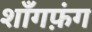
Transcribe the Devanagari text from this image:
शाँगफ़ंग